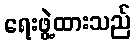
ရေးဖွဲ့ထားသည်